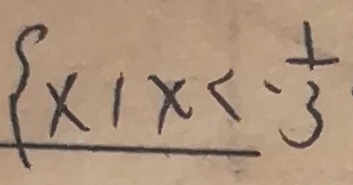
\{ x \vert x < - \frac { 1 } { 3 }